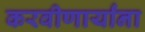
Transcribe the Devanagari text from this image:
करवीणार्यांना